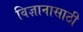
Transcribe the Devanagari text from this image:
विज्ञानासाठी